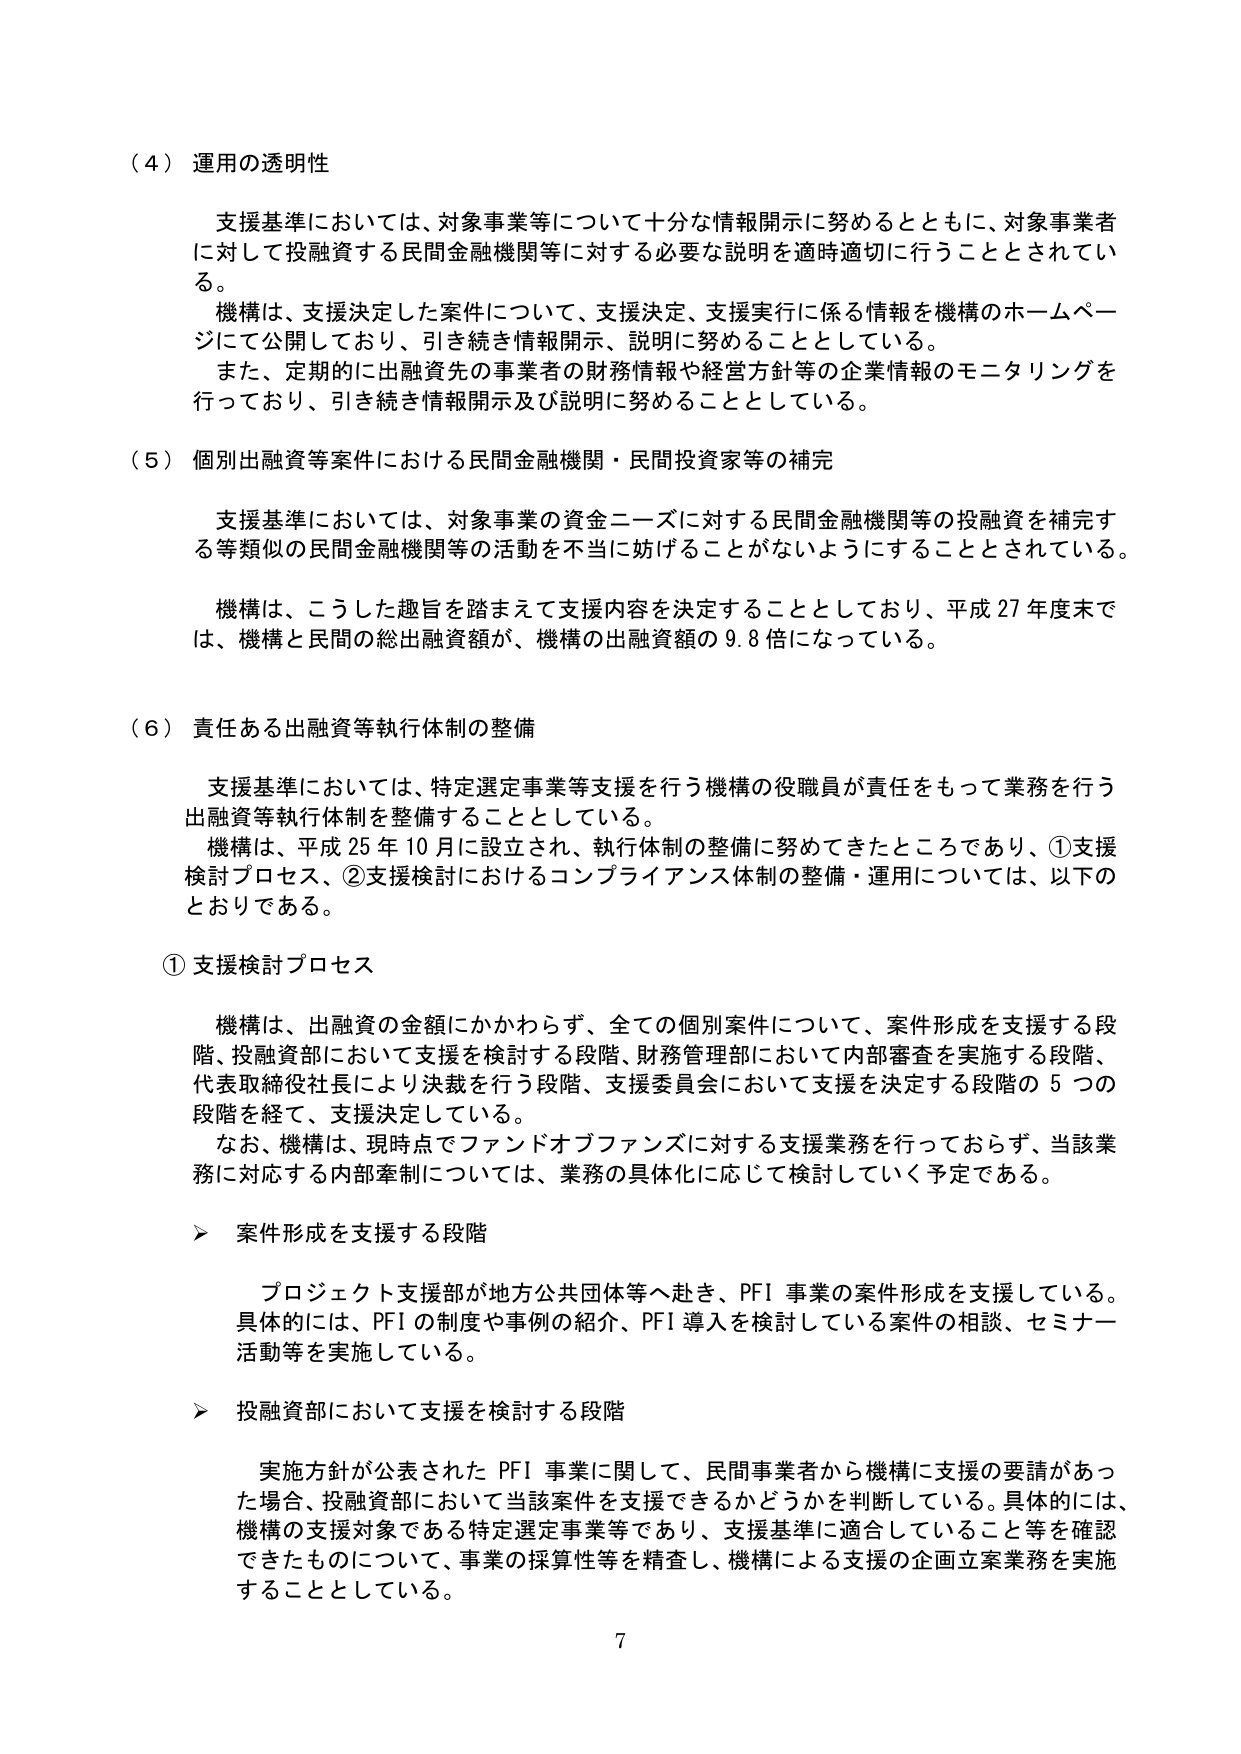
（４）運用の透明性

支援基準においては、対象事業等について十分な情報開示に努めるとともに、対象事業者に対して投融資する民間金融機関等に対する必要な説明を適時適切に行うこととされている。

機構は、支援決定した案件について、支援決定、支援実行に係る情報を機構のホームページにて公開しており、引き続き情報開示、説明に努めることとしている。

また、定期的に出融資先の事業者の財務情報や経営方針等の企業情報のモニタリングを行っており、引き続き情報開示及び説明に努めることとしている。

（５）個別出融資等案件における民間金融機関・民間投資家等の補完

支援基準においては、対象事業の資金ニーズに対する民間金融機関等の投融資を補完する等類似の民間金融機関等の活動を不当に妨げることがないようにすることとされている。

機構は、こうした趣旨を踏まえて支援内容を決定することとしており、平成27年度末では、機構と民間の総出融資額が、機構の出融資額の9.8倍になっている。

（６）責任ある出融資等執行体制の整備

支援基準においては、特定選定事業等支援を行う機構の役職員が責任をもって業務を行う出融資等執行体制を整備することとしている。

機構は、平成25年10月に設立され、執行体制の整備に努めてきたところであり、①支援検討プロセス、②支援検討におけるコンプライアンス体制の整備・運用については、以下のとおりである。

① 支援検討プロセス

機構は、出融資の金額にかかわらず、全ての個別案件について、案件形成を支援する段階、投融資部において支援を検討する段階、財務管理部において内部審査を実施する段階、代表取締役社長により決裁を行う段階、支援委員会において支援を決定する段階の5つの段階を経て、支援決定している。

なお、機構は、現時点でファンドオブファンズに対する支援業務を行っておらず、当該業務に対応する内部牽制については、業務の具体化に応じて検討していく予定である。

▶ 案件形成を支援する段階

プロジェクト支援部が地方公共団体等へ赴き、PFI事業の案件形成を支援している。具体的には、PFIの制度や事例の紹介、PFI導入を検討している案件の相談、セミナー活動等を実施している。

▶ 投融資部において支援を検討する段階

実施方針が公表されたPFI事業に関して、民間事業者から機構に支援の要請があった場合、投融資部において当該案件を支援できるかどうかを判断している。具体的には、機構の支援対象である特定選定事業等であり、支援基準に適合していること等を確認できたものについて、事業の採算性等を精査し、機構による支援の企画立案業務を実施することとしている。

7